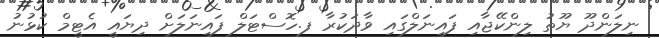
ނިލަންދޫ ޔޫތު ލިންކޭޖާއި ފައިނަލްގައި ވާދަކުރާ ފ.ހޮސްޓަލް ފައިނަލަށް ދިޔައީ އެޓީމް ކުޅުނު